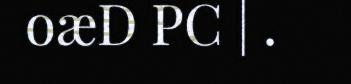
oæD PC | .